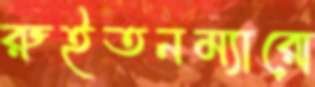
রুইতনম্যারো